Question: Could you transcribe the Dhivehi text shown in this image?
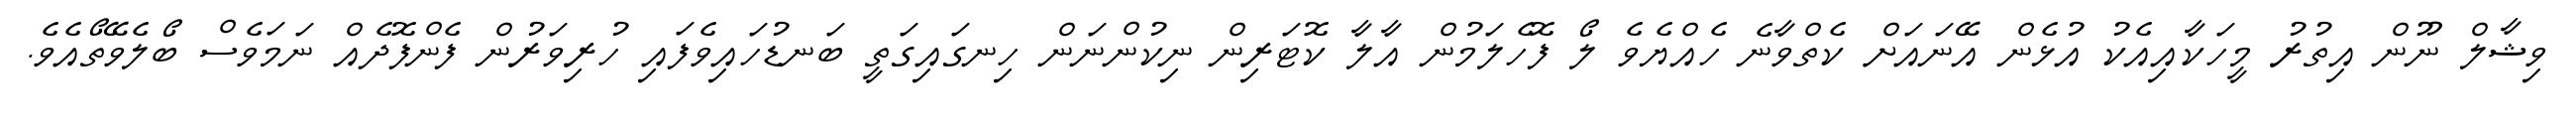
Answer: ވިޝާލް ނޫން އިތުރު މީހަކާއިއެކު އުޅެން އޭނައަށް ކެތްވާނެ ހެއްޔެވެ ލޯ ފޮހެލަމުން އާލާ ކޮޓަރިން ނިކުންނަން ހިނގައިގަތީ ބަނޑުހައިވެފައި ހުރިވަރުން ފެންފޮދެއް ނަމަވެސް ބޯލެވޭތޯއެވެ.